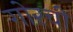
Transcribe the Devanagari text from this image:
गोरची